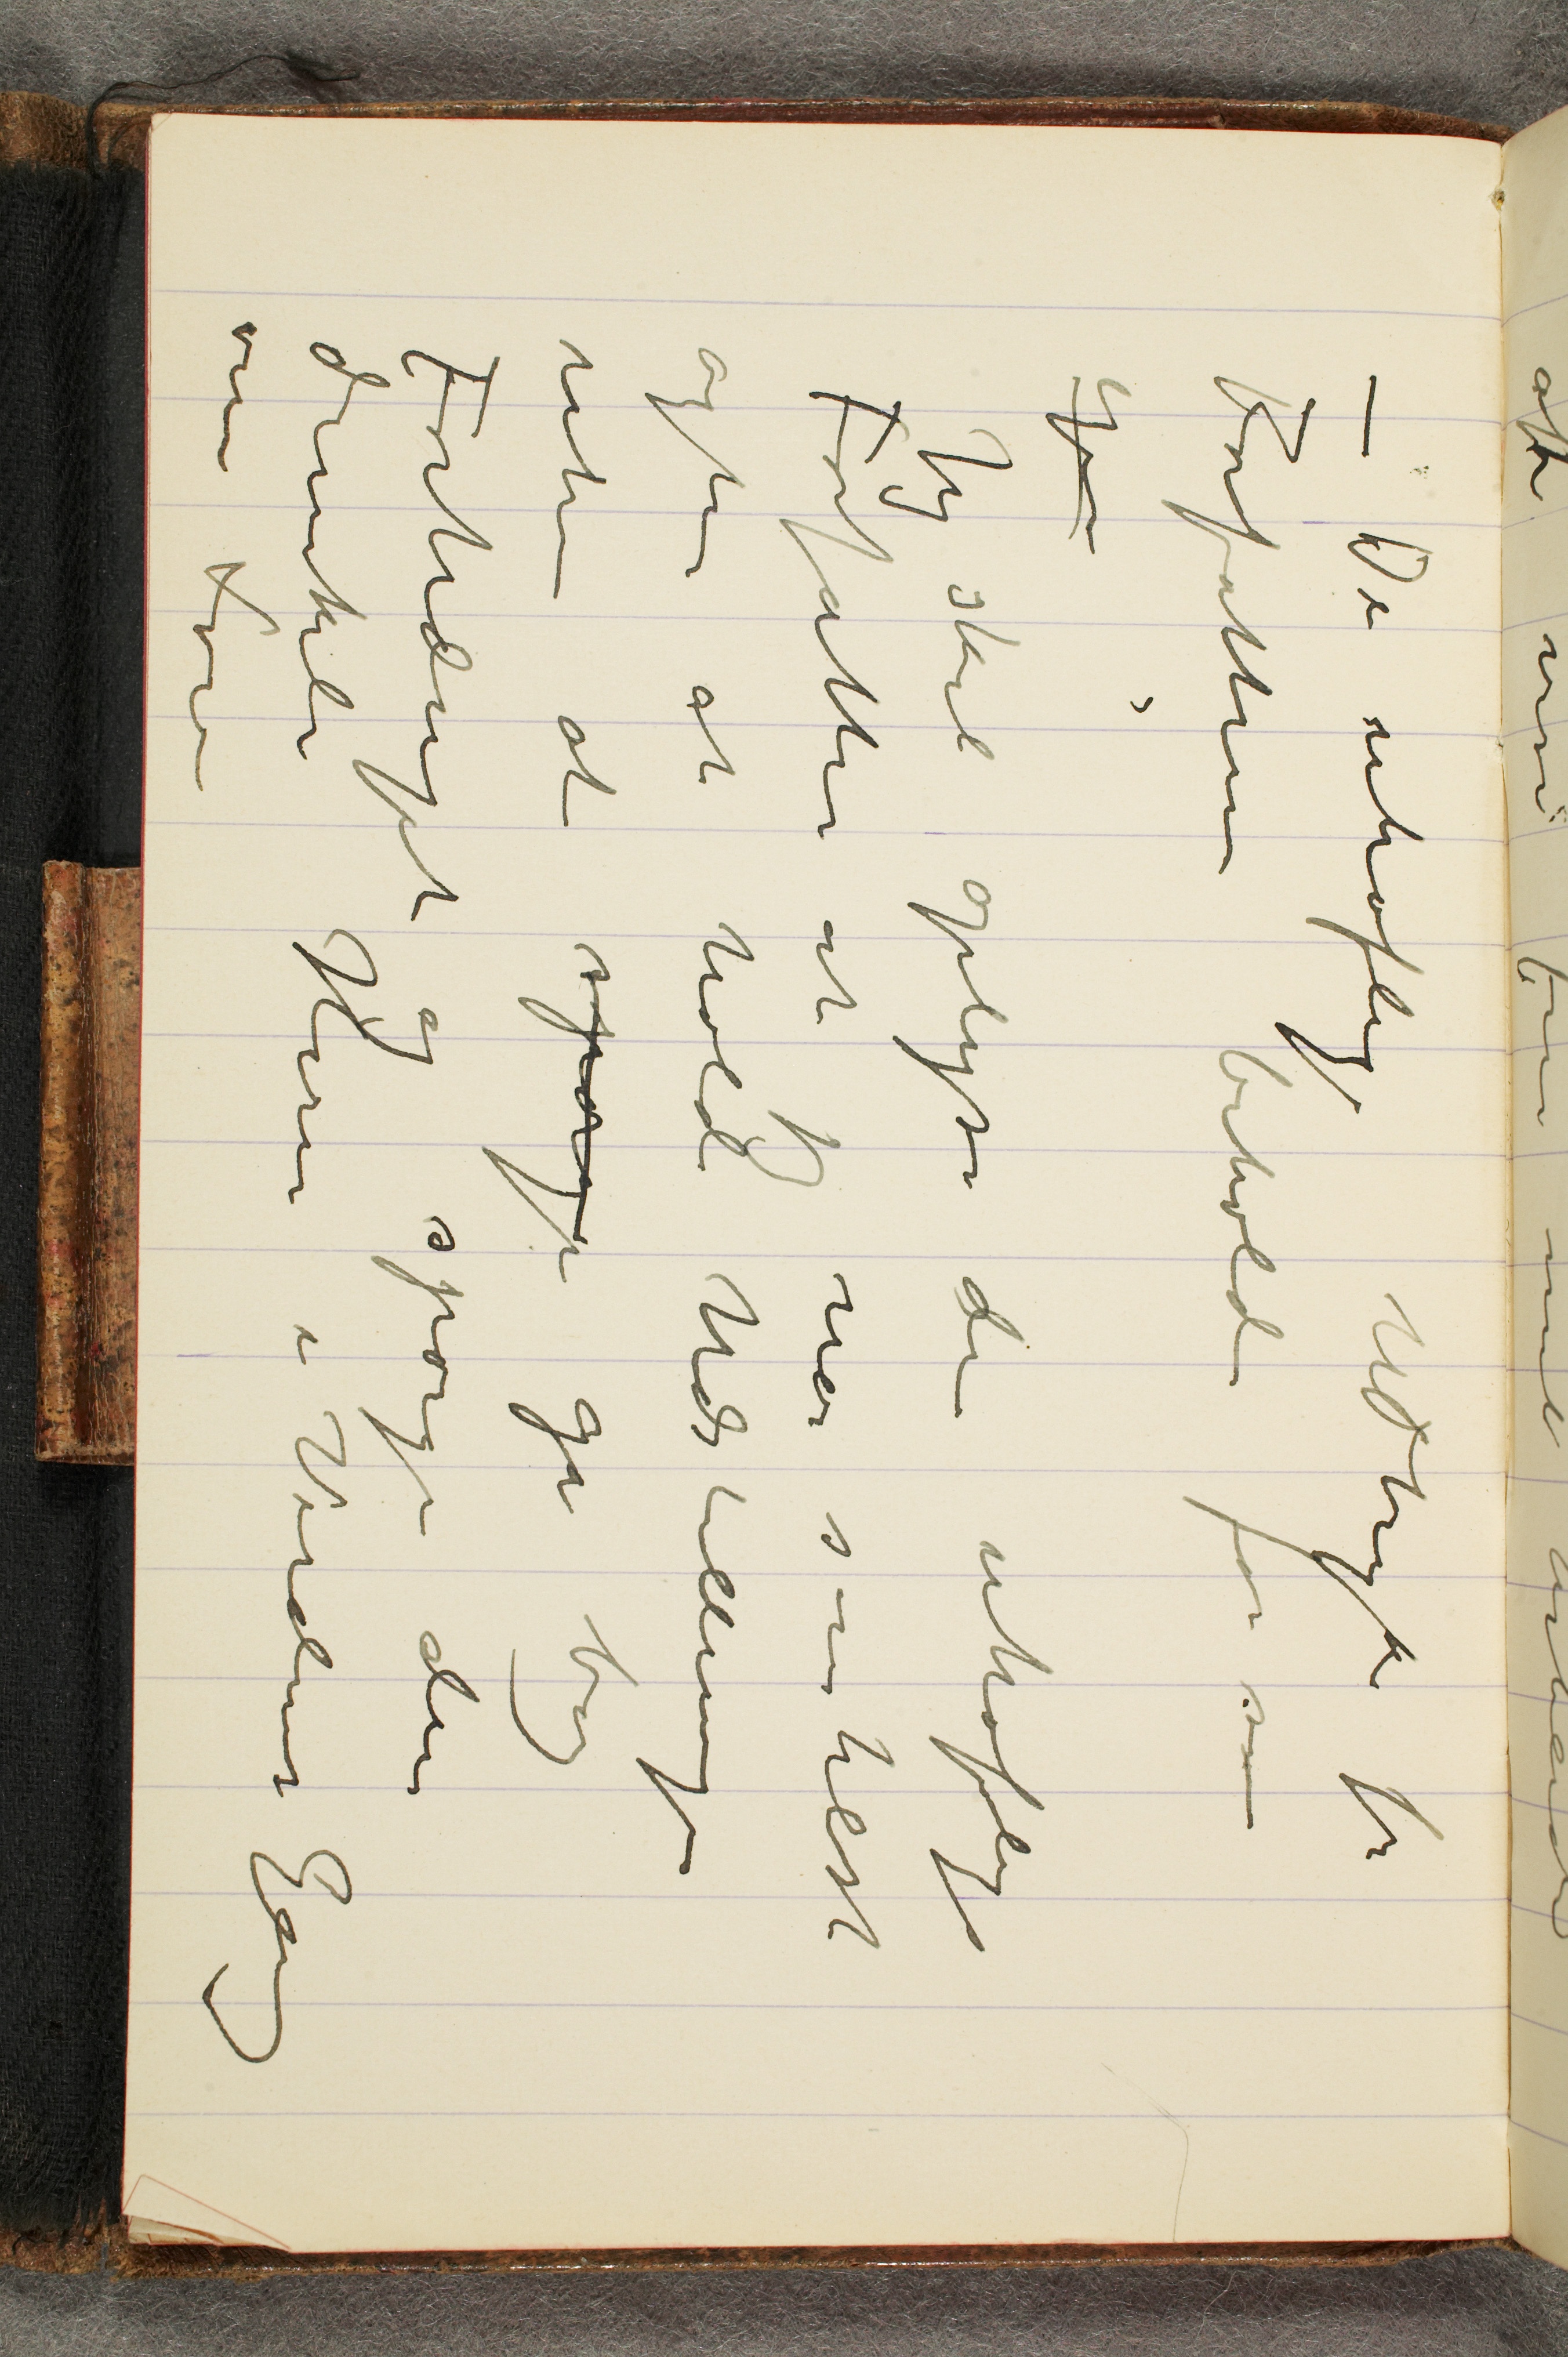
– De uhøflige Udtryk fra
Forfatteren beholder for sin
egen
Jeg skal oplyse den uhøflige
Forfatter at jeg når som helst
agter at holde Udstillinge
uten at spørge gå bag
Forhænget og spørge den
dunkle Herre i Verdens Gang
om Lov